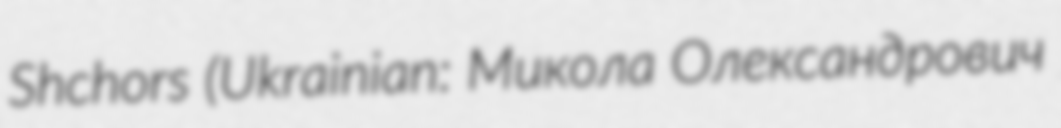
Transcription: Shchors (Ukrainian: Микола Олександрович